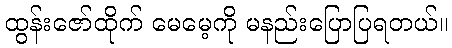
ထွန်းဇော်ထိုက် မေမေ့ကို မနည်းပြောပြရတယ်။